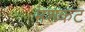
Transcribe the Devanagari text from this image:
मशकट